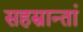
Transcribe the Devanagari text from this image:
सहस्रान्तां